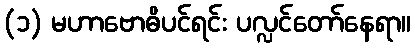
(၁) မဟာဗောဓိပင်ရင်း ပလ္လင်တော်နေရာ။